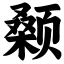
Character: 颡